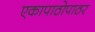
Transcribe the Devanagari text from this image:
एकापाठोपाठर